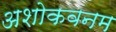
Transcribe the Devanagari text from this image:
अशोकवनम